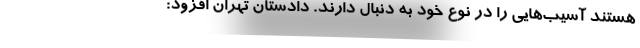
هستند آسیب‌هایی را در نوع خود به دنبال دارند. دادستان تهران افزود: